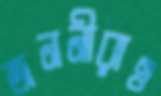
জননীরাও